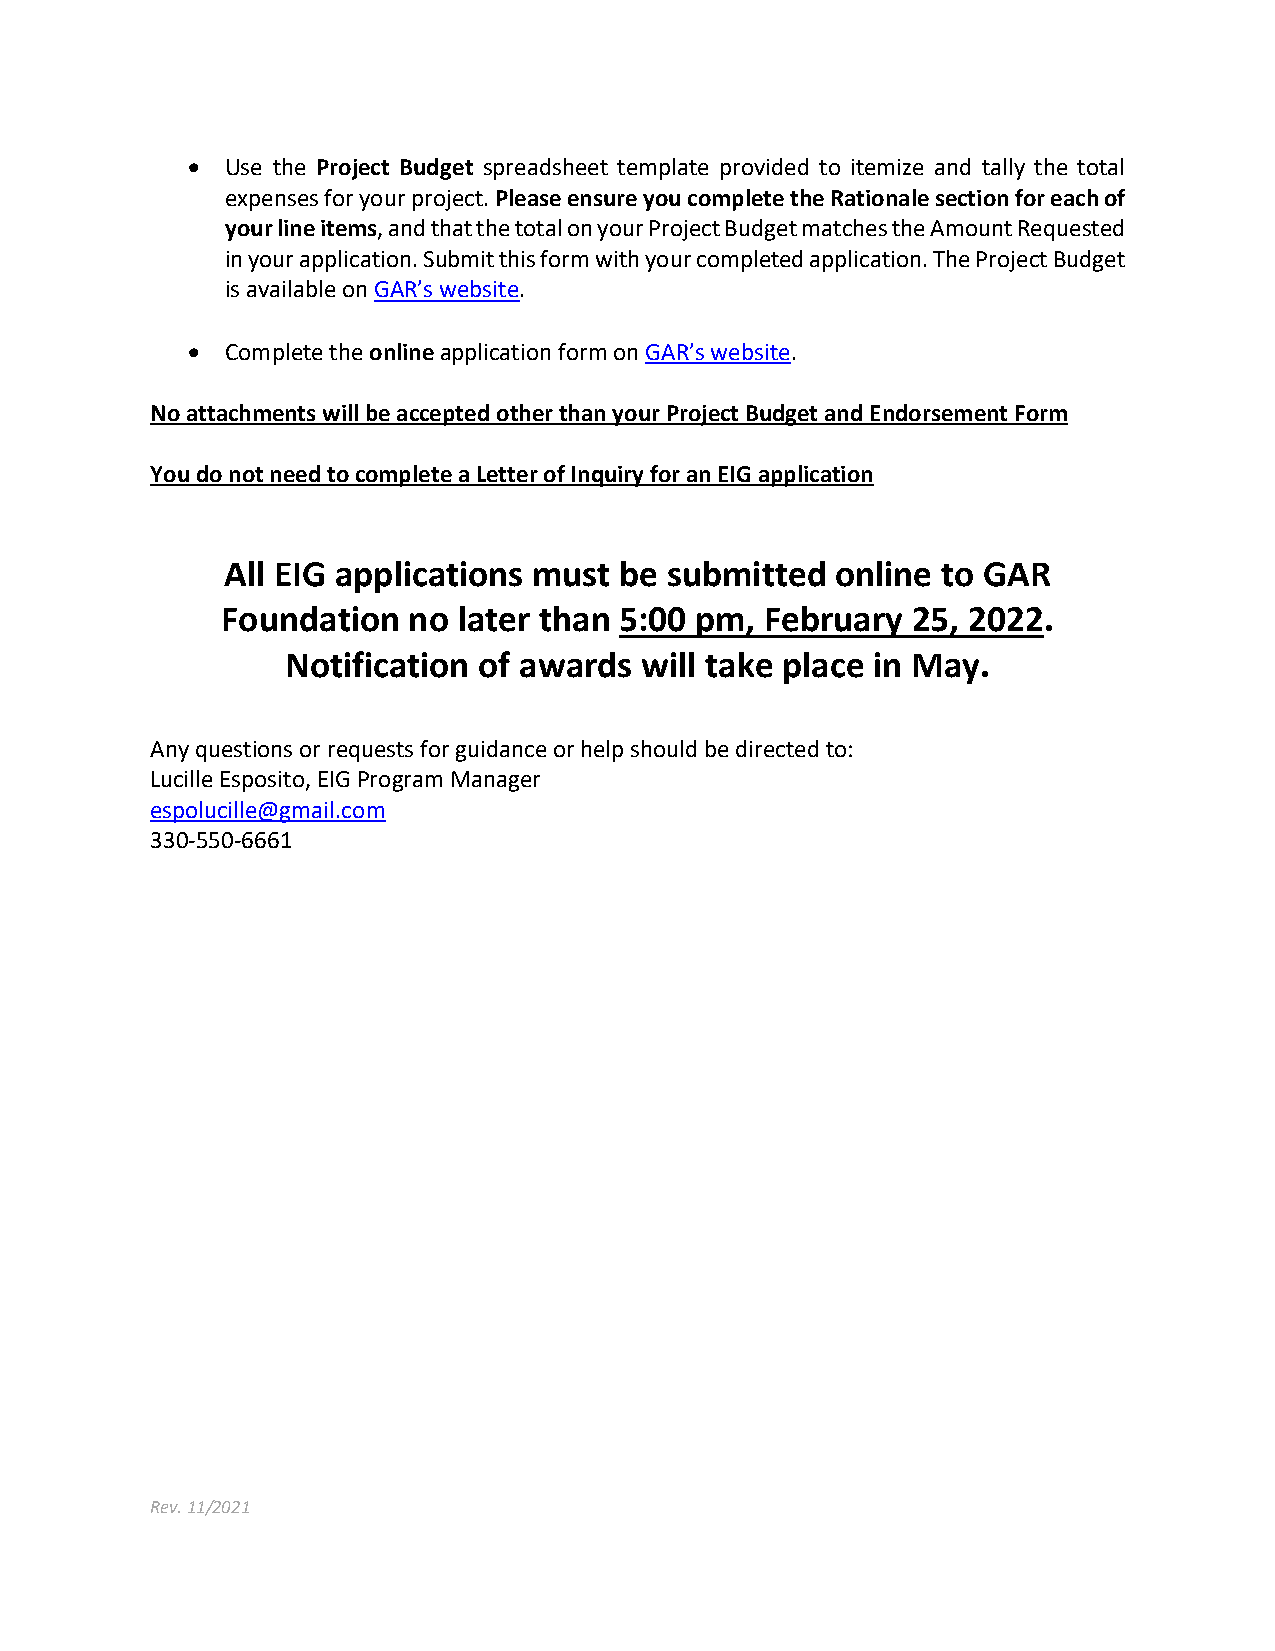
•  Use the Project Budget spreadsheet template provided to itemize and tally the total
 expenses for your project. Please ensure you complete the Rationale section for each of
 your line items, and that the total on your Project Budget matches the Amount Requested
 in your application. Submit this form with your completed application. The Project Budget
 is available on GAR’s website.
 •  Complete the online application form on GAR’s website.
 No attachments will be accepted other than your Project Budget and Endorsement Form
 You do not need to complete a Letter of Inquiry for an EIG application
 All EIG applications must be submitted  online to GAR
 Foundation  no later than 5:00 pm,  February 25, 2022.
 Notification of awards will take place in May.
 Any questions or requests for guidance or help should be directed to:
 Lucille Esposito, EIG Program Manager
 espolucille@gmail.com
 330-550-6661
 Rev. 11/2021